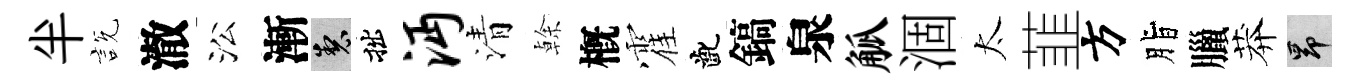
半説澈㳂漸製拙沔清𠏉槪霍齔鎬泉觚涸太韮方脂臘莽昂